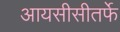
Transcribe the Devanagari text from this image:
आयसीसीतर्फे